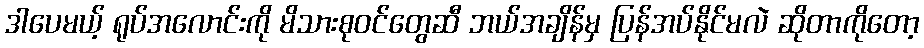
ဒါပေမယ့် ရုပ်အလောင်းကို မိသားစုဝင်တွေဆီ ဘယ်အချိန်မှ ပြန်အပ်နိုင်မလဲ ဆိုတာကိုတော့